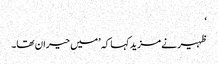
‘
ظہیر نے مزید کہا کہ ’میں حیران تھا۔